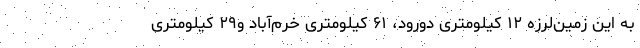
به این زمین‌لرزه ۱۲ کیلومتری دورود، ۶۱ کیلومتری خرم‌آباد و۲۹ کیلومتری